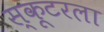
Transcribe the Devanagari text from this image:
स्कूटरला